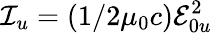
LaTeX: \mathcal{I}_{u}=(1/2\mu_{0}c)\mathcal{E}_{0u}^{2}